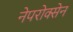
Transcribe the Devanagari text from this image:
नेपरोक्सेन